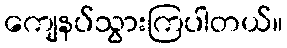
ကျေနပ်သွားကြပါတယ်။